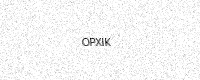
Text: OPXIK